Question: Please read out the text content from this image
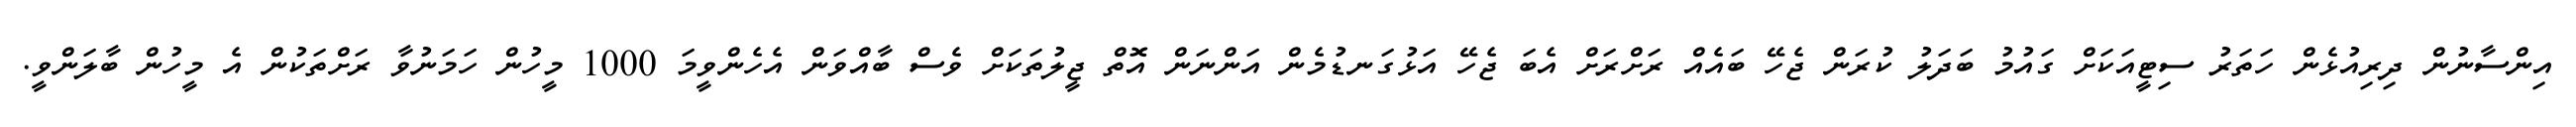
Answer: އިންސާނުން ދިރިއުޅެން ހަތަރު ސިޓީއަކަށް ގައުމު ބަދަލު ކުރަން ޖެހޭ ބައެއް ރަށްރަށް އެބަ ޖެހޭ އަޅުގަނޑުމެން އަންނަން އޮތް ޖީލުތަކަށް ވެސް ބާއްވަން އެހެންވީމަ 1000 މީހުން ހަމަނުވާ ރަށްތަކުން އެ މީހުން ބާލަންވީ.